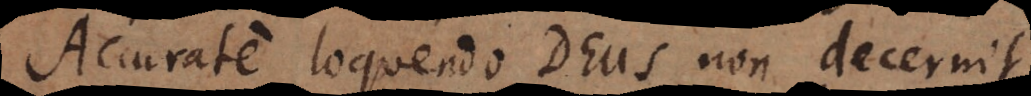
Accurate loquendo Deus non decernit,